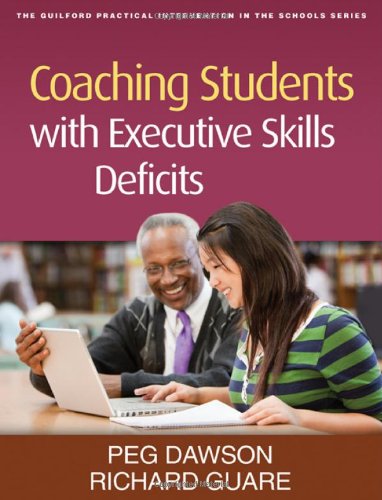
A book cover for Coaching Students with Executive Skills Deficits (Guilford Practical Intervention in Schools); Peg Dawson; Education & Teaching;